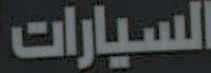
السيارات